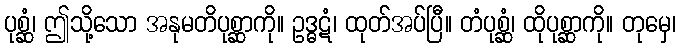
ပုစ္ဆံ၊ ဤသို့သော အနုမတိပုစ္ဆာကို။ ဥဒ္ဓဋံ၊ ထုတ်အပ်ပြီ။ တံပုစ္ဆံ၊ ထိုပုစ္ဆာကို။ တုမှေ၊